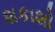
શકાશો